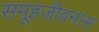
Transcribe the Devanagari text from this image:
समूहजीवनास